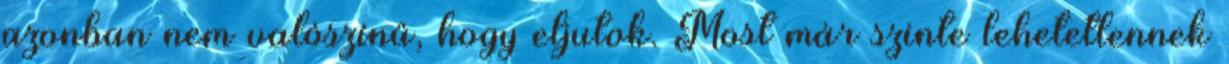
azonban nem valószínű, hogy eljutok. Most már szinte lehetetlennek